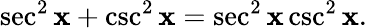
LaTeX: \sec^{2}\mathbf{x}+\csc^{2}\mathbf{x}=\sec^{2}\mathbf{x}\csc^{2}\mathbf{x}.